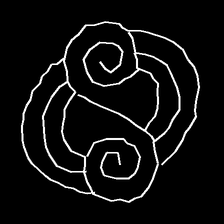
Glyph: wind-underfoot